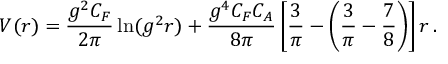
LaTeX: V ( r ) = \frac { g ^ { 2 } C _ { F } } { 2 \pi } \ln ( g ^ { 2 } r ) + \frac { g ^ { 4 } C _ { F } C _ { A } } { 8 \pi } \left[ { \frac { 3 } { \pi } } - \left( { \frac { 3 } { \pi } } - { \frac { 7 } { 8 } } \right) \right] r \, .